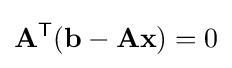
\mathbf {A} ^{\textsf {T}}(\mathbf {b} -\mathbf {Ax} )=0